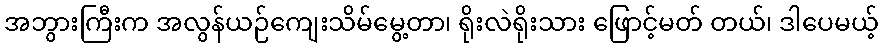
အဘွားကြီးက အလွန်ယဉ်ကျေးသိမ်မွေ့တာ၊ ရိုးလဲရိုးသား ဖြောင့်မတ် တယ်၊ ဒါပေမယ့်